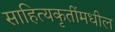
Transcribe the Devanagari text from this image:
साहित्यकृतींमधील